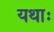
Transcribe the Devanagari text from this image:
यथाः